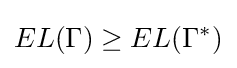
EL(\Gamma )\geq EL(\Gamma ^{*})